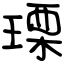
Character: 瑮